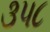
૩૫૮